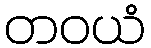
တဝယံ